Training of Teachers. Junior Students, 1909
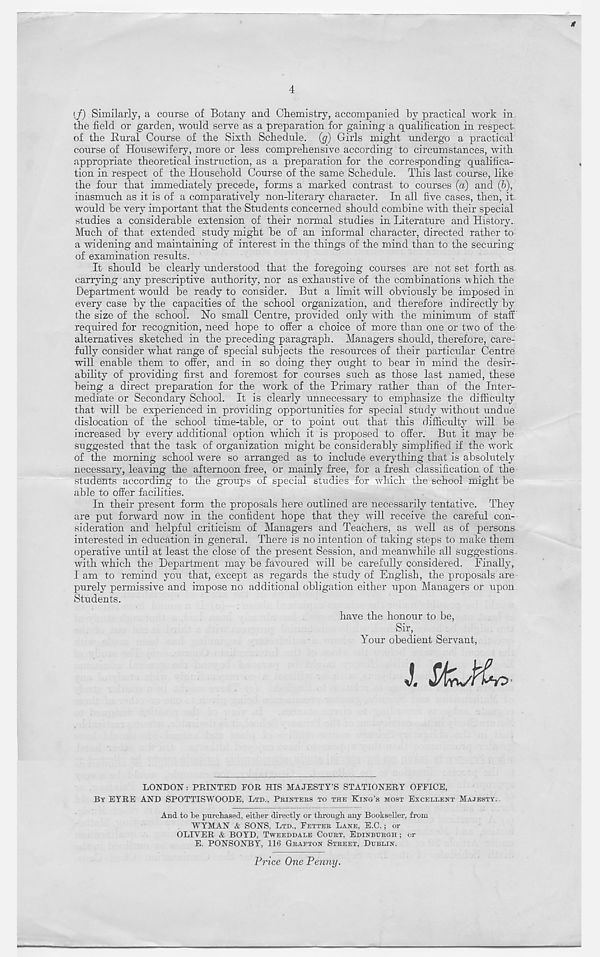
Jf
4
{f) Similarly, a course of Botany and Chemistry, accompanied by practical work in
the field or garden, would serve as a preparation for gaining a qualification in respect
of the Rural Course of the Sixth Schedule, (g) Girls might undergo a practical
course of Housewifery, more or less comprehensive according to circumstances, with
appropriate theoretical instruction, as a preparation for the corresponding qualifica-
tion in respect of the Household Course of the same Schedule. This last course, like
the four that immediately precede, forms a marked contrast to courses (a) and (b),
inasmuch as it is of a comparatively non-literary character. In all five cases, then, it
would he very important that the Students concerned should combine with their special
studies a considerable extension of their normal studies in Literature and History.
Much of that extended study might be of an informal character, directed rather to
a widening and maintaining of interest in the things of the mind than to the securing
of examination results.
It shoidd be clearly understood that the foregoing courses are not set forth as
carrying any prescriptive authority, nor as exhaustive of the combinations which the
Department would be ready to consider. But a limit will obviously be imposed in
every case by the capacities of the school organization, and therefore indirectly by
the size of the school. No small Centre, provided only with the minimum of staff
required for recognition, need hope to offer a choice of more than one or two of the
alternatives sketched in the preceding paragraph. Managers should, therefore, care-
fully consider what range of special subjects the resources of their particular Centre
will enable them to offer, and in so doing they ought to bear in mind the desir-
ability of providing first and foremost for courses such as those last named, these
being a direct preparation for the work of the Primary rather than of the Inter-
mediate or Secondary School. It is clearly unnecessary to emphasize the difficulty
that will be experienced in providing opportunities for special study without undue
dislocation of the school time-table, or to point out that this difficulty will be
increased by every additional option which it is proposed to offer. But it may be
suggested that the task of organization might be considerably simplified if the work
of the morning school were so arranged as to include everything that is absolutely
necessary, leaving the afternoon free, or mainly free, for a fresh classification of the
students according to the groups of special studies for which the school might be
able to offer facilities.
In their present form the proposals here outlined are necessarily tentative. They
are put forward now in the confident hope that they will receive the careful con-
sideration and helpful criticism of Managers and Teachers, as well as of persons
interested in education in general. There is no intention of taking steps to make them
operative until at least the close of the present Session, and meanwhile all suggestions
with which the Department may be favoured will be carefully considered. Finally,
I am to remind you that, except as regards the study of English, the proposals are
purely permissive and impose no additional obligation either iipon Managers or upon
Students.
have the honour to be,
Sir,
Your obedient Servant,
J.
LONDON : PRINTED FOR HIS MAJESTY’S STATIONERY OFFICE,
BY EYRE AND SPOTTISWOODE, LTD., PRINTERS TO THE KING’S MOST EXCELLENT MAJESTY.
And to be purchased, either directly or through any Bookseller, from
WYMAN & SONS, LTD., FETTER LANE, E.C.; or
OLIVER & BOYD, TWEEDDALE COURT, EDINBURGH ; or
E. PONSONBY, 116 GRAFTON STREET, DUBLIN.
Price One Penny.